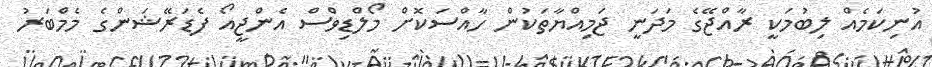
އުނިކަމެއް ލިބުމަކީ ރާއްޖޭގެ މަދަނީ ޖަމިއްޔާތަކުން ހާއްސަކޮށް މޯލްޑިވްސް އެންޖީއޯ ފެޑަރޭޝަންގެ މެމްބަރު